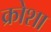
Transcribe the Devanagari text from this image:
क्रोशा